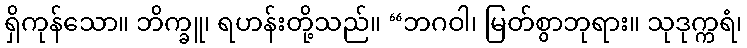
ရှိကုန်သော။ ဘိက္ခူ၊ ရဟန်းတို့သည်။ “ဘဂဝါ၊ မြတ်စွာဘုရား။ သုဒုက္ကရံ၊